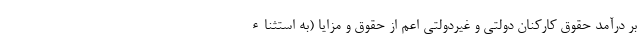
بر درآمد حقوق کارکنان دولتی و غیردولتی اعم از حقوق و مزایا (به استثناء